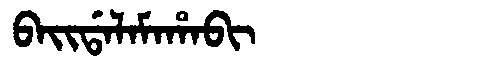
Manchu: ᠪᠠᡳᡩᠠᠯᠠᠮᠠᡥᠠᠪᡳ
Romanization: BAIDALAMAHABI